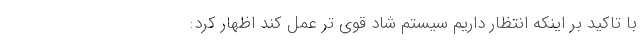
با تاکید بر اینکه انتظار داریم سیستم شاد قوی تر عمل کند اظهار کرد: